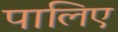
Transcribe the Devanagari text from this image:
पालिए